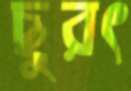
ছুরৎ